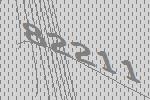
82211